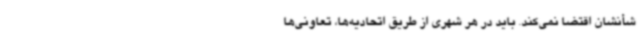
شأنشان اقتضا نمی‌کند. باید در هر شهری از طریق اتحادیه‌ها، تعاونی‌ها